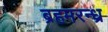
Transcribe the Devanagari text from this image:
ब्रहमरन्ध्र